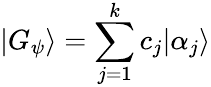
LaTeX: |G_{\psi}\rangle=\sum_{j=1}^{k}c_{j}|\alpha_{j}\rangle